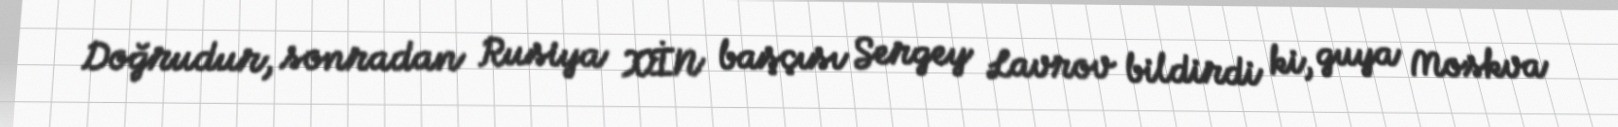
Doğrudur, sonradan Rusiya XİN başçısı Sergey Lavrov bildirdi ki, guya Moskva